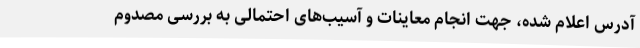
آدرس اعلام شده، جهت انجام معاینات و آسیب‌های احتمالی به بررسی مصدوم